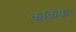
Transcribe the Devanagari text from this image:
काककः